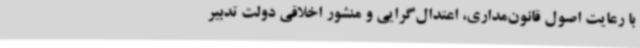
با رعایت اصول قانون‌مداری، اعتدال‌گرایی و منشور اخلاقی دولت تدبیر